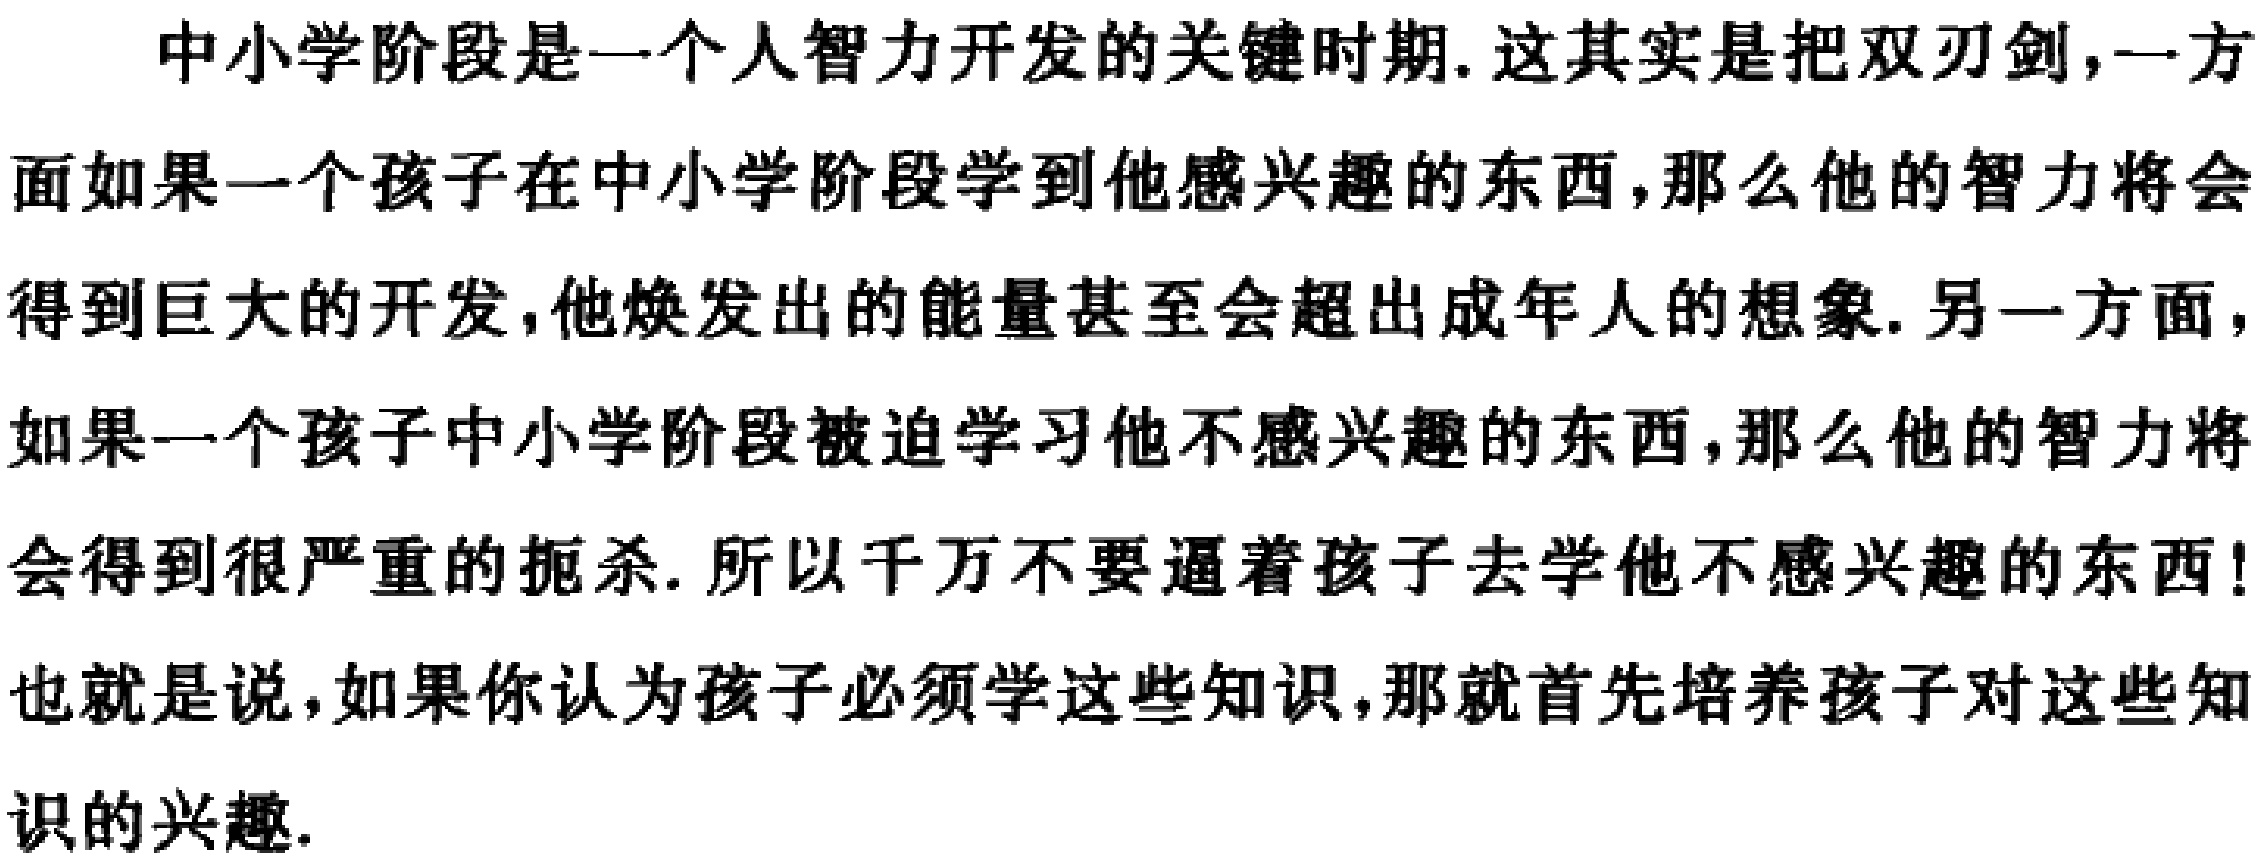
中小学阶段是一个人智力开发的关键时期. 这其实是把双刃剑,一方面如果一个孩子在中小学阶段学到他感兴趣的东西, 那么他的智力将会得到巨大的开发, 他焕发出的能量甚至会超出成年人的想象. 另一方面,如果一个孩子中小学阶段被迫学习他不感兴趣的东西, 那么他的智力将会得到很严重的扼杀. 所以千万不要逼着孩子去学他不感兴趣的东西!也就是说,如果你认为孩子必须学这些知识, 那就首先培养孩子对这些知识的兴趣.